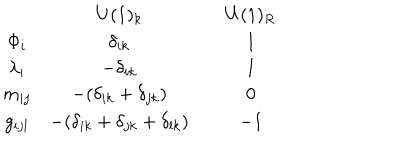
LaTeX: \begin{array} { c c c c } { { } } & { { U ( 1 ) _ { k } } } & { { { } } } & { { U ( 1 ) _ { R } } } \\ { { \Phi _ { i } } } & { { \delta _ { i k } } } & { { } } & { { 1 } } \\ { { \lambda _ { i } } } & { { - \delta _ { i k } } } & { { } } & { { 1 } } \\ { { m _ { i j } } } & { { - ( \delta _ { i k } + \delta _ { j k } ) } } & { { } } & { { 0 } } \\ { { g _ { i j l } } } & { { - ( \delta _ { i k } + \delta _ { j k } + \delta _ { l k } ) } } & { { } } & { { - 1 } } \\ \end{array}